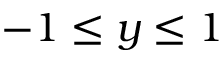
- 1 \leq y \leq 1